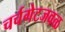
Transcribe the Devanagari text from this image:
चर्चगेटजवळ